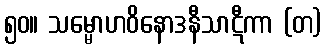
၅၀။ သမ္မောဟဝိနောဒနီသာဋီကာ (တ)